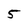
Character: 5